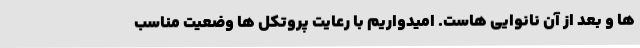
ها و بعد از آن نانوایی هاست. امیدواریم با رعایت پروتکل ها وضعیت مناسب